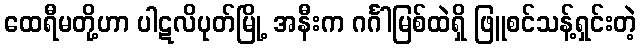
ထေရီမတို့ဟာ ပါဋလိပုတ်မြို့ အနီးက ဂင်္ဂါမြစ်ထဲရှိ ဖြူစင်သန့်ရှင်းတဲ့